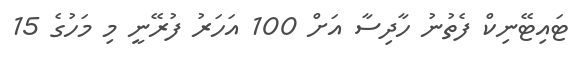
ޓައިޓޭނިކް ފެތުނު ހާދިސާ އަށް 100 އަހަރު ފުރޭނީ މި މަހުގެ 15